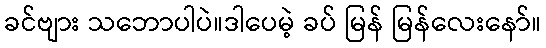
ခင်ဗျား သဘောပါပဲ။ဒါပေမဲ့ ခပ် မြန် မြန်လေးနော်။